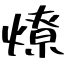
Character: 燎